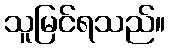
သူမြင်ရသည်။